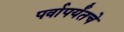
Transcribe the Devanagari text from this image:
पर्वापर्यंतचे